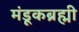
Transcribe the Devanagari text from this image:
मंडूकब्रह्मी